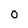
Character: O